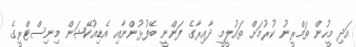
އަދި މީހުން ތަމްރީނު ކުރުމަށް ތައުލީމީ ދާއިރާގެ ފަންނީ ބޭފުޅުންނާއި އެޑިއުކޭޝަން މިނިސްޓްރީގެ